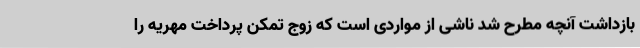
بازداشت آنچه مطرح شد ناشی از مواردی است که زوج تمکن پرداخت مهریه را